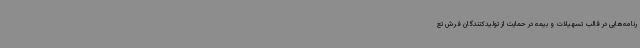
رنامه‌هایی در قالب تسهیلات و بیمه در حمایت از تولیدکنندگان فرش تع